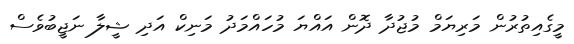
މީގެއިތުރުން މަރިޔަމް މުޖުދާ ދޮން އައްޔަ މުހައްމަދު މަނިކް އަދި ޝީލާ ނަޖީބުވެސް